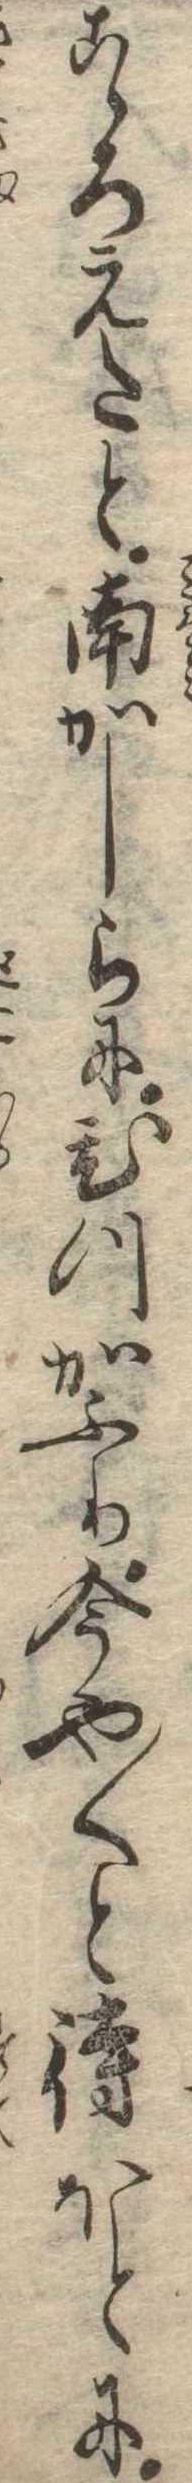
こゝろえたと南かしらにひつかふり今や〱と待ほとに